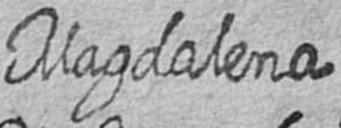
Magdalena